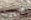
البيوت